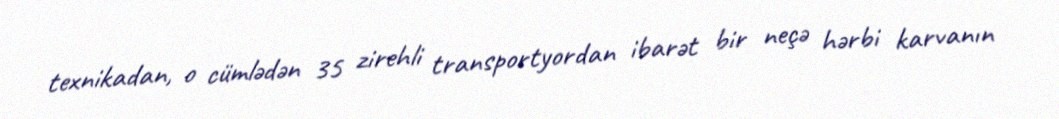
texnikadan, o cümlədən 35 zirehli transportyordan ibarət bir neçə hərbi karvanın